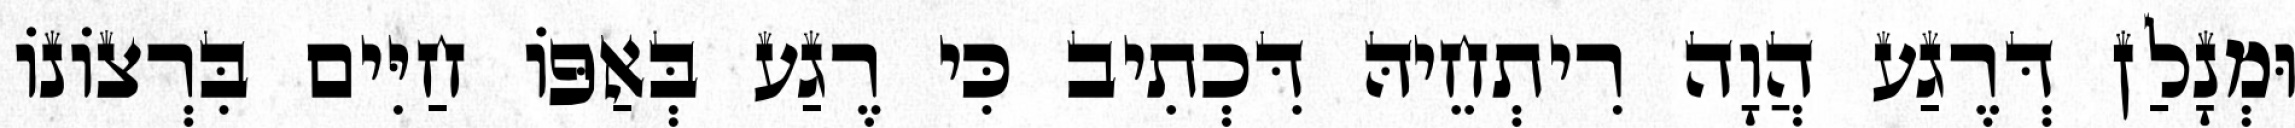
וּמְנָלַן דְּרֶגַע הֲוָה רִיתְחֵיהּ דִּכְתִיב כִּי רֶגַע בְּאַפּוֹ חַיִּים בִּרְצוֹנוֹ